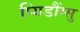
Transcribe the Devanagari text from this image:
प्यिडौंग्सु